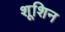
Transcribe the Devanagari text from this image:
शूशिन